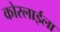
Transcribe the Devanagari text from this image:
कोरलाईला